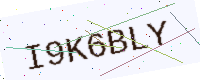
Text: I9K6BLY